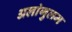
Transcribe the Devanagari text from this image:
अलांगुलम